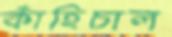
কাঁহিচাল